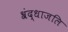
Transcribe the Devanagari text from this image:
श्रंद्धाजलि